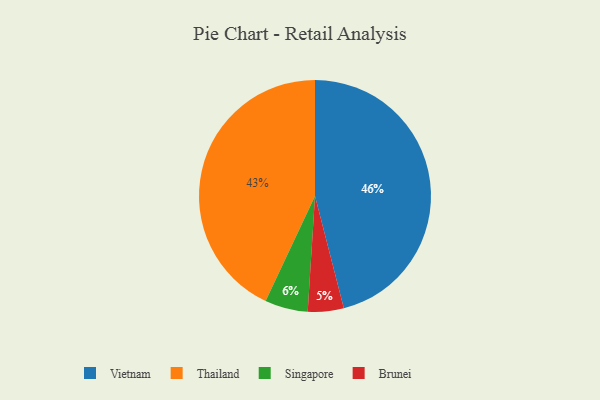
{"axis": {"x": "Category", "y": "Percentage"}, "legend": ["Brunei", "Singapore", "Thailand", "Vietnam"], "data": [{"x": "Singapore", "y": 6, "type": "Singapore"}, {"x": "Thailand", "y": 43, "type": "Thailand"}, {"x": "Vietnam", "y": 46, "type": "Vietnam"}, {"x": "Brunei", "y": 5, "type": "Brunei"}]}